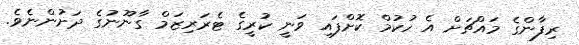
ރިފާންގެ މައްޗަށް އެ ހުކުމް ކޮށްފައި ވަނީ ކުރީގެ ޓެރަރިޒަމް ގާނޫނުގެ ދަށުންނެވެ.